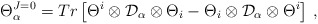
\begin{align*}\Theta^{J=0}_\alpha=Tr\left[\Theta^i\otimes{\cal D}_\alpha\otimes \Theta_i-\Theta_i\otimes{\cal D}_\alpha\otimes\Theta^i\right]\,,\end{align*}